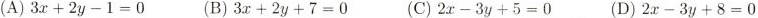
(A)$$3 x + 2 y - 1 = 0$$ (B)$$3 x + 2 y + 7 = 0$$ (C)$$2 x - 3 y + 5 = 0$$ (D)$$2 x - 3 y + 8 = 0$$